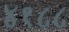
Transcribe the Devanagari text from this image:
४१८८